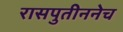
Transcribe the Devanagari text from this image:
रासपुतीननेच